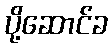
ပို့ဆောင်ခ